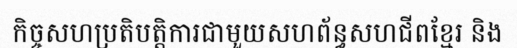
កិច្ចសហប្រតិបត្តិការជាមួយសហព័ន្ធសហជីពខ្មែរ និង